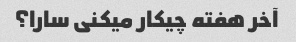
آخر هفته چیکار میکنی سارا؟